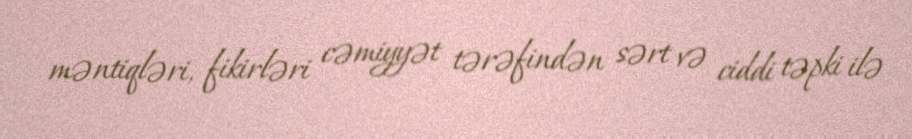
məntiqləri, fikirləri cəmiyyət tərəfindən sərt və ciddi təpki ilə